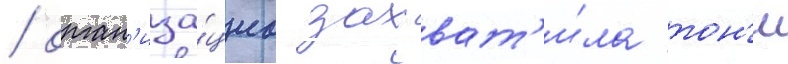
/ орган'иза́циа захват'и́ла тон'и